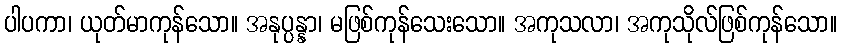
ပါပကာ၊ ယုတ်မာကုန်သော။ အနုပ္ပန္နာ၊ မဖြစ်ကုန်သေးသော။ အကုသလာ၊ အကုသိုလ်ဖြစ်ကုန်သော။